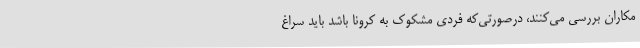
مکاران بررسی می‌کنند، درصورتی‌که فردی مشکوک به کرونا باشد باید سراغ